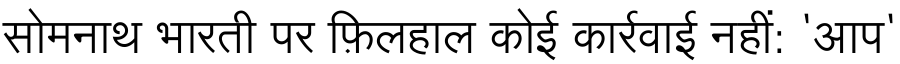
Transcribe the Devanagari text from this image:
सोमनाथ भारती पर फ़िलहाल कोई कार्रवाई नहीं: 'आप'